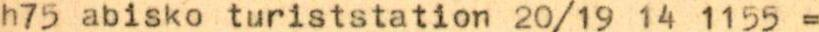
h75 abisko turiststation 20/19 14 1155 =